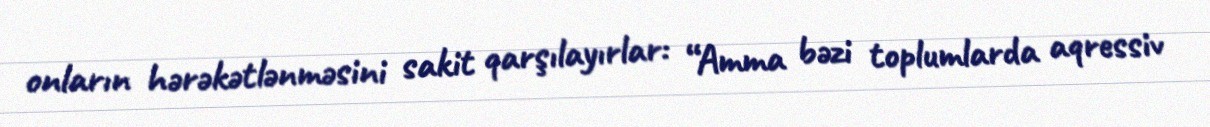
onların hərəkətlənməsini sakit qarşılayırlar: “Amma bəzi toplumlarda aqressiv